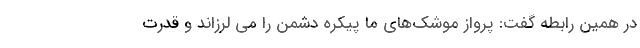
در همین رابطه گفت: پرواز موشک‌های ما پیکره دشمن را می لرزاند و قدرت